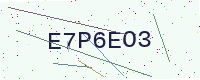
Text: E7P6EO3